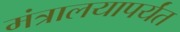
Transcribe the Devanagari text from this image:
मंत्रालयापर्यंत